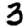
Digit: 3